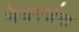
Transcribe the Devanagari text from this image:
मेघगर्जना